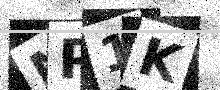
Text: MP1K